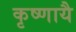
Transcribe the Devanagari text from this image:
कृष्णायै